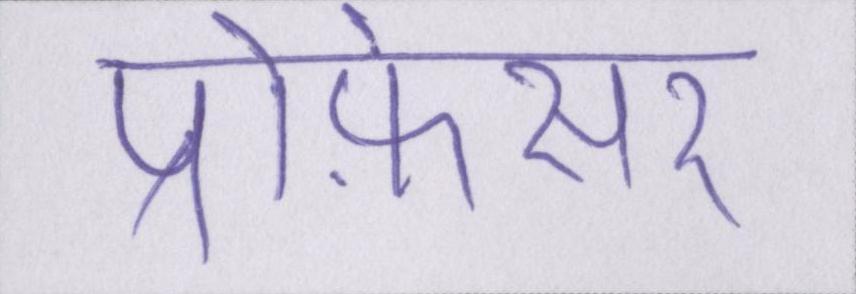
प्रोफ़ेसर